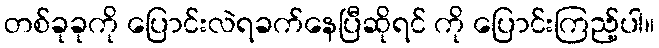
တစ်ခုခုကို ပြောင်းလဲရခက်နေပြီဆိုရင် ကို ပြောင်းကြည့်ပါ။